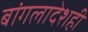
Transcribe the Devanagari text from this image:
बांगलादेशही